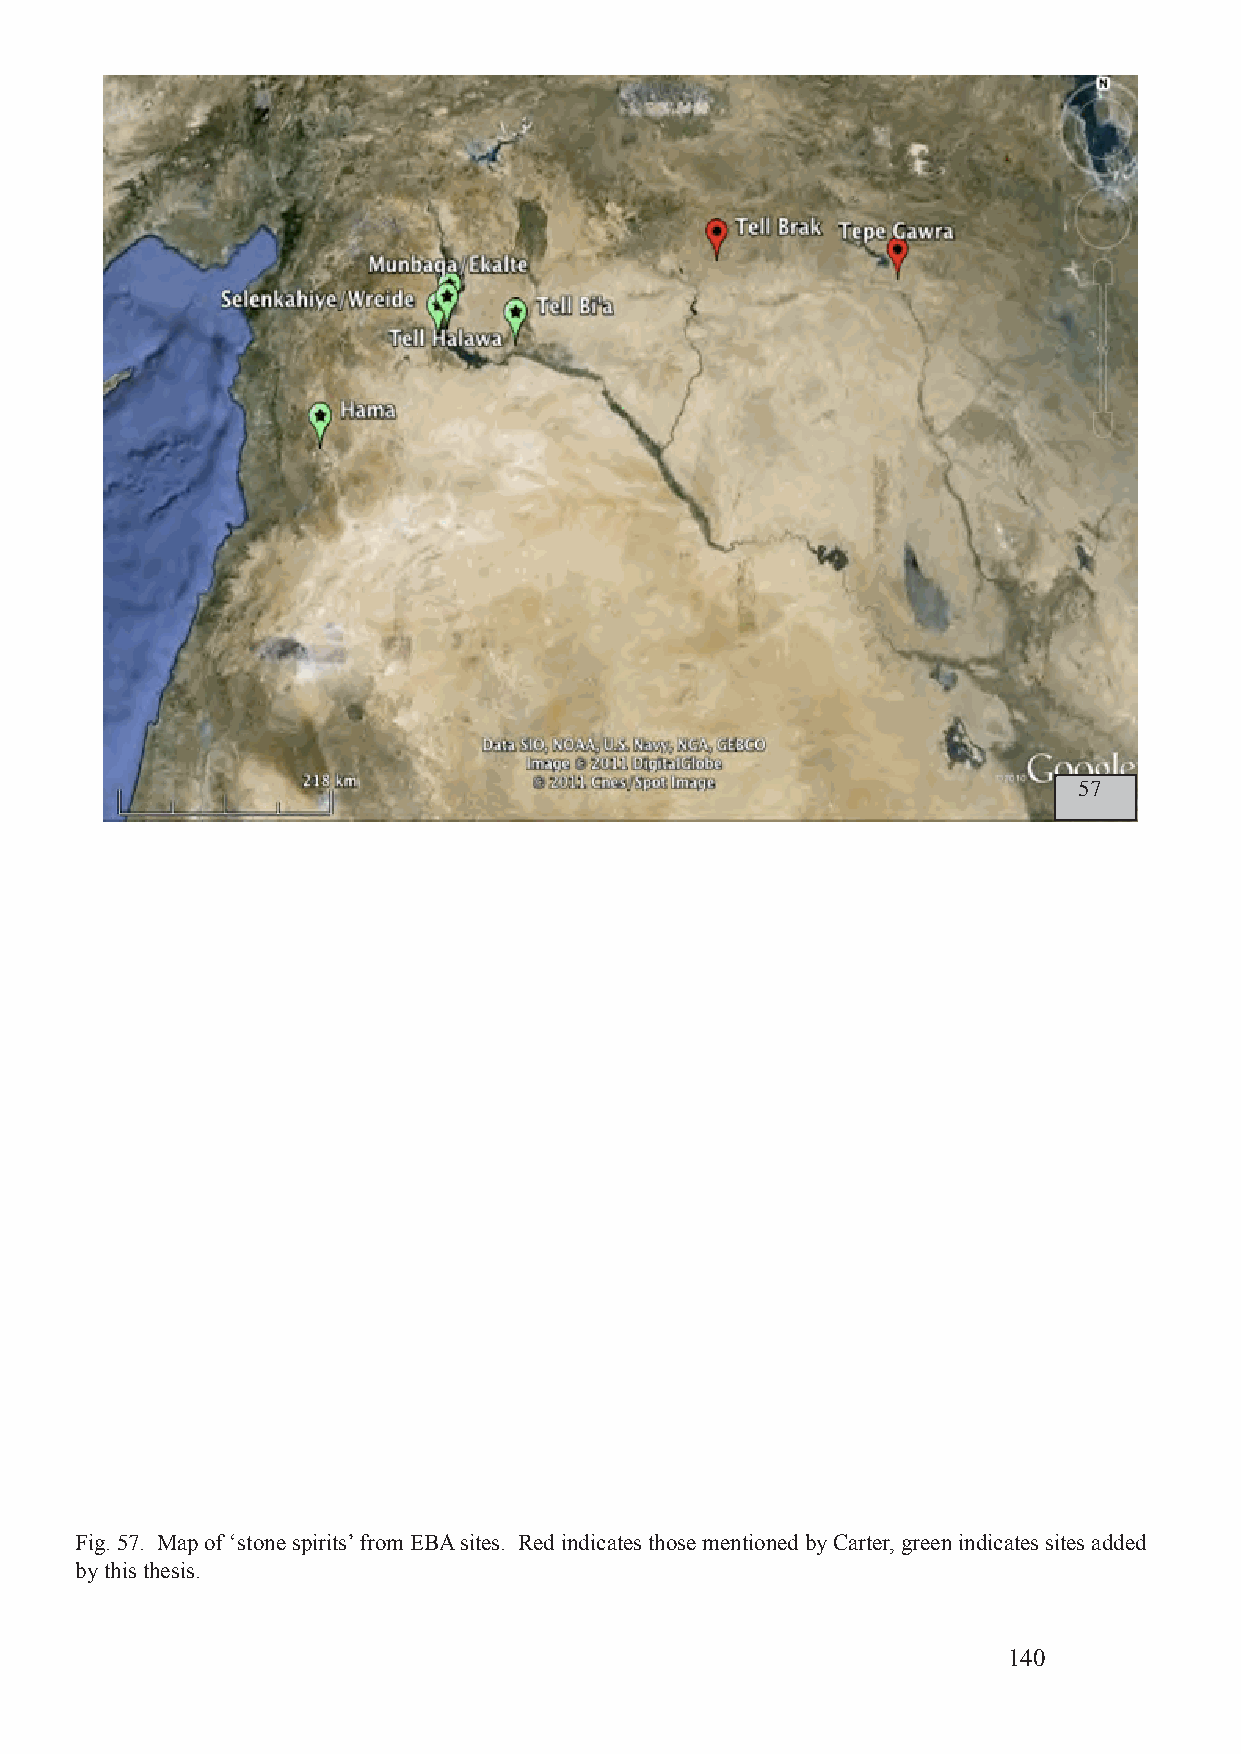
57
 Fig. 57. Map of ‘stone spirits’ from EBA sites. Red indicates those mentioned by Carter, green indicates sites added
 by this thesis.
 140